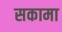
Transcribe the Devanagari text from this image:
सकामा